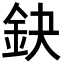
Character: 鈌